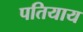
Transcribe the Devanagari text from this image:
पतियाय